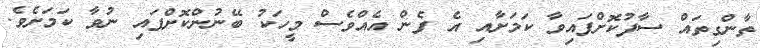
ތާންގިތައް ސާފުކޮށްފައިވާ ކަމަށާއި އެ ފެން އެއްވެސް މީހަކު ބޭނުންކޮށްފައި ނުވާ ކަމަށެވެ.